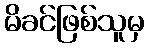
မိခင်ဖြစ်သူမှ